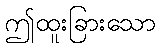
ဤထူးခြားသော